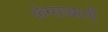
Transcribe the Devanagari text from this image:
कंग्साबाती